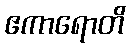
ဧကာရောတိ